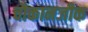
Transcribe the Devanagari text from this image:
चौकानजीक